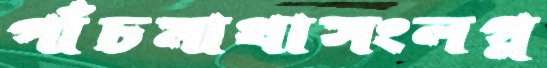
পাঁচমাথাসংলগ্ন